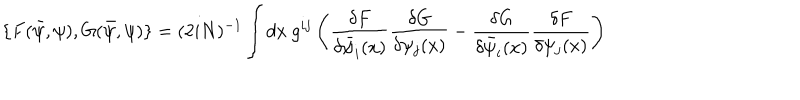
\{ F ( \bar { \psi } , \psi ) , G ( \bar { \psi } , \psi ) \} = ( 2 i N ) ^ { - 1 } \int d x ~ g ^ { i j } \left( \frac { \delta F } { \delta \bar { \psi } _ { i } ( x ) } \frac { \delta G } { \delta \psi _ { j } ( x ) } - \frac { \delta G } { \delta \bar { \psi } _ { i } ( x ) } \frac { \delta F } { \delta \psi _ { j } ( x ) } \right)